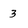
Character: 3